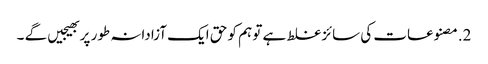
2.مصنوعات کی سائز غلط ہے تو ہم کو حق ایک آزادانہ طور پر بھیجیں گے ۔